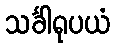
သင်္ခါရုပယံ